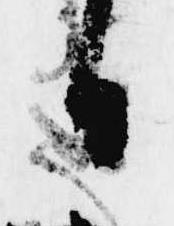
日